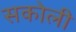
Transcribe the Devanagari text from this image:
सकोली